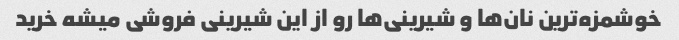
خوشمزه‌ترین نان‌ها و شیرینی‌ها رو از این شیرینی فروشی میشه خرید